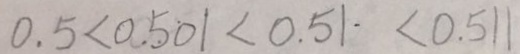
0 . 5 < 0 . 5 0 1 < 0 . 5 1 . < 0 . 5 1 1